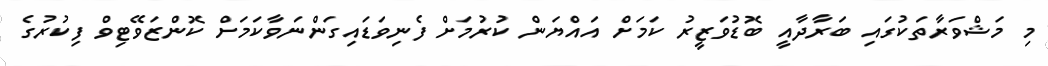
މި މަޝްވަރާތަކުގައި ބަރާދާއީ ބޮޑުވަޒީރު ކަމަށް އައްޔަން ކުރުމަށް ފެނިވަޑައިގަންނަވާކަމަށް ކޮންޒަވޭޓިވް ފިކުރުގެ